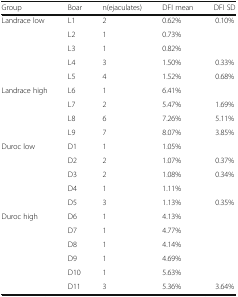
<table><thead><tr><td><b>Group</b></td><td><b>Boar</b></td><td><b>n(ejaculates)</b></td><td><b>DFI mean</b></td><td><b>DFI SD</b></td></tr></thead><tbody><tr><td rowspan="5">Landrace low</td><td>L1</td><td>2</td><td>0.62%</td><td>0.10%</td></tr><tr><td>L2</td><td>1</td><td>0.73%</td><td></td></tr><tr><td>L3</td><td>1</td><td>0.82%</td><td></td></tr><tr><td>L4</td><td>3</td><td>1.50%</td><td>0.33%</td></tr><tr><td>L5</td><td>4</td><td>1.52%</td><td>0.68%</td></tr><tr><td rowspan="4">Landrace high</td><td>L6</td><td>1</td><td>6.41%</td><td></td></tr><tr><td>L7</td><td>2</td><td>5.47%</td><td>1.69%</td></tr><tr><td>L8</td><td>6</td><td>7.26%</td><td>5.11%</td></tr><tr><td>L9</td><td>7</td><td>8.07%</td><td>3.85%</td></tr><tr><td rowspan="5">Duroc low</td><td>D1</td><td>1</td><td>1.05%</td><td></td></tr><tr><td>D2</td><td>2</td><td>1.07%</td><td>0.37%</td></tr><tr><td>D3</td><td>2</td><td>1.08%</td><td>0.34%</td></tr><tr><td>D4</td><td>1</td><td>1.11%</td><td></td></tr><tr><td>D5</td><td>3</td><td>1.13%</td><td>0.35%</td></tr><tr><td rowspan="6">Duroc high</td><td>D6</td><td>1</td><td>4.13%</td><td></td></tr><tr><td>D7</td><td>1</td><td>4.77%</td><td></td></tr><tr><td>D8</td><td>1</td><td>4.14%</td><td></td></tr><tr><td>D9</td><td>1</td><td>4.69%</td><td></td></tr><tr><td>D10</td><td>1</td><td>5.63%</td><td></td></tr><tr><td>D11</td><td>3</td><td>5.36%</td><td>3.64%</td></tr></tbody></table>